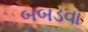
બબડવા